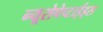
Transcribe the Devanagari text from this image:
न्यूरोपेप्टाईड्स